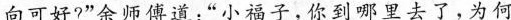
向可好?”余师傅道：”小福子，你到研 里去了，为何